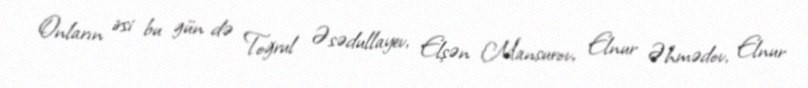
Onların irsi bu gün də Toğrul Əsədullayev, Elşən Mansurov, Elnur Əhmədov, Elnur